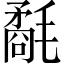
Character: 氄